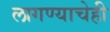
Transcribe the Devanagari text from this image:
लागण्याचेही